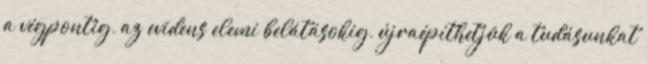
a végpontig, az evidens elemi belátásokig, újraépíthetjük a tudásunkat